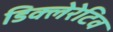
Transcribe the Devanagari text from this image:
डिक्लेरेटिव